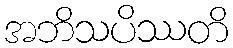
အဘိသပိဿတိ